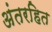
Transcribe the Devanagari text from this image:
अंतरहित